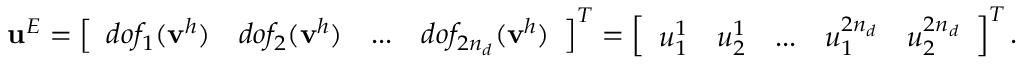
\mathbf { u } ^ { E } = \left[ \begin{array} { c c c c } { d o f _ { 1 } ( \mathbf { v } ^ { h } ) } & { d o f _ { 2 } ( \mathbf { v } ^ { h } ) } & { . . . } & { d o f _ { 2 n _ { d } } ( \mathbf { v } ^ { h } ) } \end{array} \right] ^ { T } = \left[ \begin{array} { c c c c c } { u _ { 1 } ^ { 1 } } & { u _ { 2 } ^ { 1 } } & { . . . } & { u _ { 1 } ^ { 2 n _ { d } } } & { u _ { 2 } ^ { 2 n _ { d } } } \end{array} \right] ^ { T } .